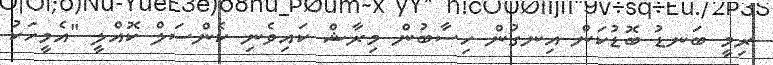
ރިމީ ބަނޑު ބޮޑުކަން އިނގުން ހިސާބުން މިރާޝް ކައިވެނި ކެންސަލް ކޮއްލީ "އެމީހަކު